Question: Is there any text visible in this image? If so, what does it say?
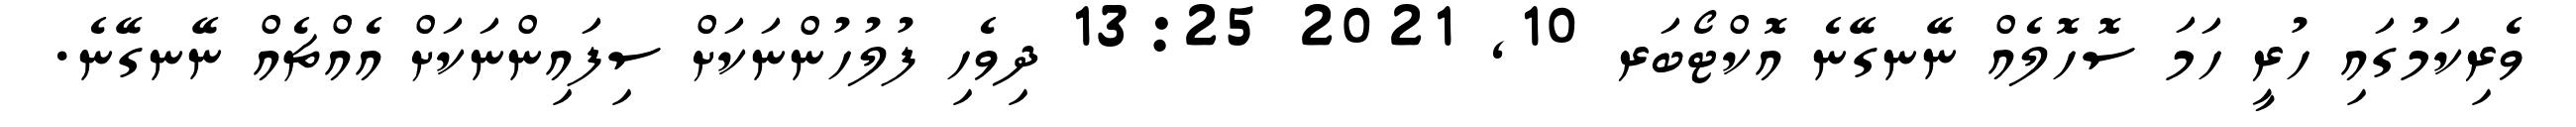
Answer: ވެރިކަމުގައި ހުރީ ހަމަ ސޮހޮލެއް ނޭނގޭނެ އޮކްޓޯބަރ 10, 2021 13:25 ދިވެހި ފުލުހުންނަކަށް ސިފައިންނަކަށް އެއްޗެއް ނޭނގޭނެ.